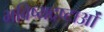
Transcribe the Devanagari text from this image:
भविष्यद्रष्टाओं